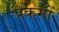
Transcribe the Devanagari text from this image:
प्रकमों